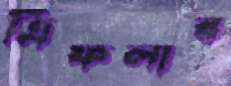
ত্রিফলার